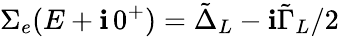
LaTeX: \Sigma_{e}(E+\mathbf{i}\, 0^{+})=\tilde{{\Delta}}_{L}-\mathbf{i}\tilde{{\Gamma}}_{L}/2